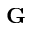
\mathbf { G }